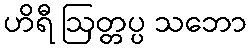
ဟိရီ ဩတ္တပ္ပ သဘော